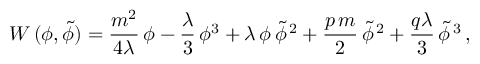
{ \cal W } \, ( \phi , \widetilde \phi ) = \frac { m ^ { 2 } } { 4 \lambda } \, \phi - \frac { \lambda } { 3 } \, \phi ^ { 3 } + \lambda \, \phi \, \widetilde \phi ^ { \, 2 } + \frac { p \, m } { 2 } \, \widetilde \phi ^ { \, 2 } + \frac { q \lambda } { 3 } \, \widetilde \phi ^ { \, 3 } \, ,